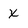
Character: X